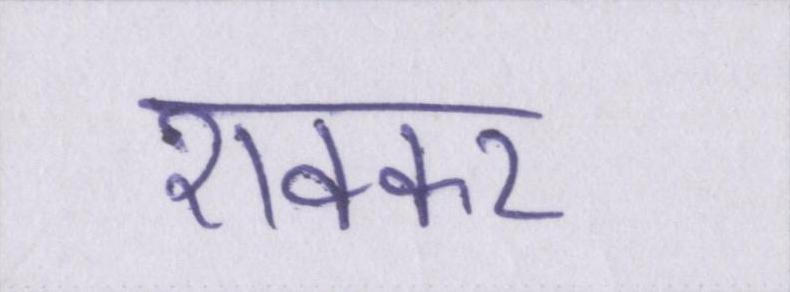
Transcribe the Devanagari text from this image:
शक्कर